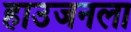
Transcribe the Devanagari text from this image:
हाउजनला